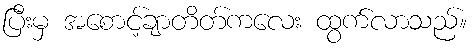
ပြီးမှ အစောင့်ချာတိတ်ကလေး ထွက်လာသည်။